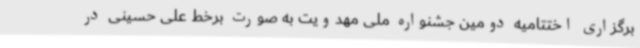
برگزاری اختتامیه دومین جشنواره ملی مهدویت به صورت برخط علی حسینی در